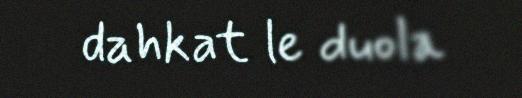
dahkat le duola